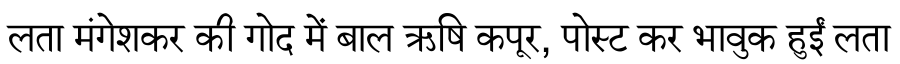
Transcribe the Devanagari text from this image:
लता मंगेशकर की गोद में बाल ऋषि कपूर, पोस्ट कर भावुक हुईं लता